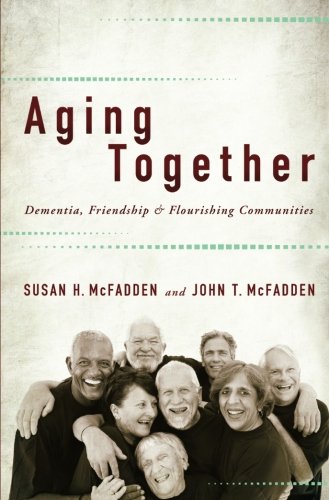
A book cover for Aging Together: Dementia, Friendship, and Flourishing Communities; Susan H. McFadden; Health, Fitness & Dieting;